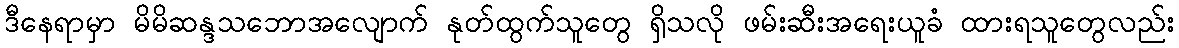
ဒီနေရာမှာ မိမိဆန္ဒသဘောအလျောက် နုတ်ထွက်သူတွေ ရှိသလို ဖမ်းဆီးအရေးယူခံ ထားရသူတွေလည်း